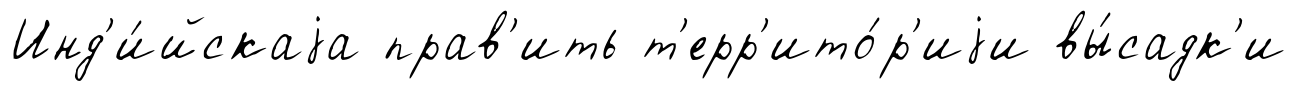
Инд'и́йскаjа прав'ить т'ерр'ито́р'иjи вы́садк'и